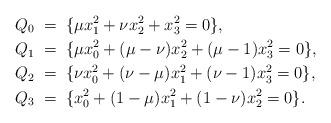
LaTeX: \begin{align*}Q_0 & \; = \; \{\mu x_1^2+\nu x_2^2+x_3^2=0\},\\Q_1 & \; = \; \{\mu x_0^2+(\mu-\nu)x_2^2+(\mu-1)x_3^2=0\},\\Q_2 & \; = \; \{\nu x_0^2 +(\nu-\mu)x_1^2+(\nu-1)x_3^2=0\},\\Q_3 & \; = \; \{x_0^2+(1-\mu)x_1^2+(1-\nu)x_2^2=0\}.\end{align*}